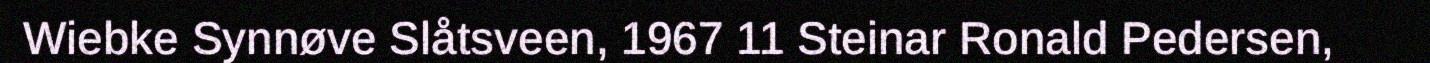
Wiebke Synnøve Slåtsveen, 1967 11 Steinar Ronald Pedersen,